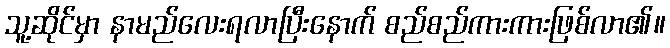
သူ့ဆိုင်မှာ နာမည်လေးရလာပြီးနောက် စည်စည်ကားကားဖြစ်လာ၏။